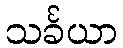
သင်္ခယာ